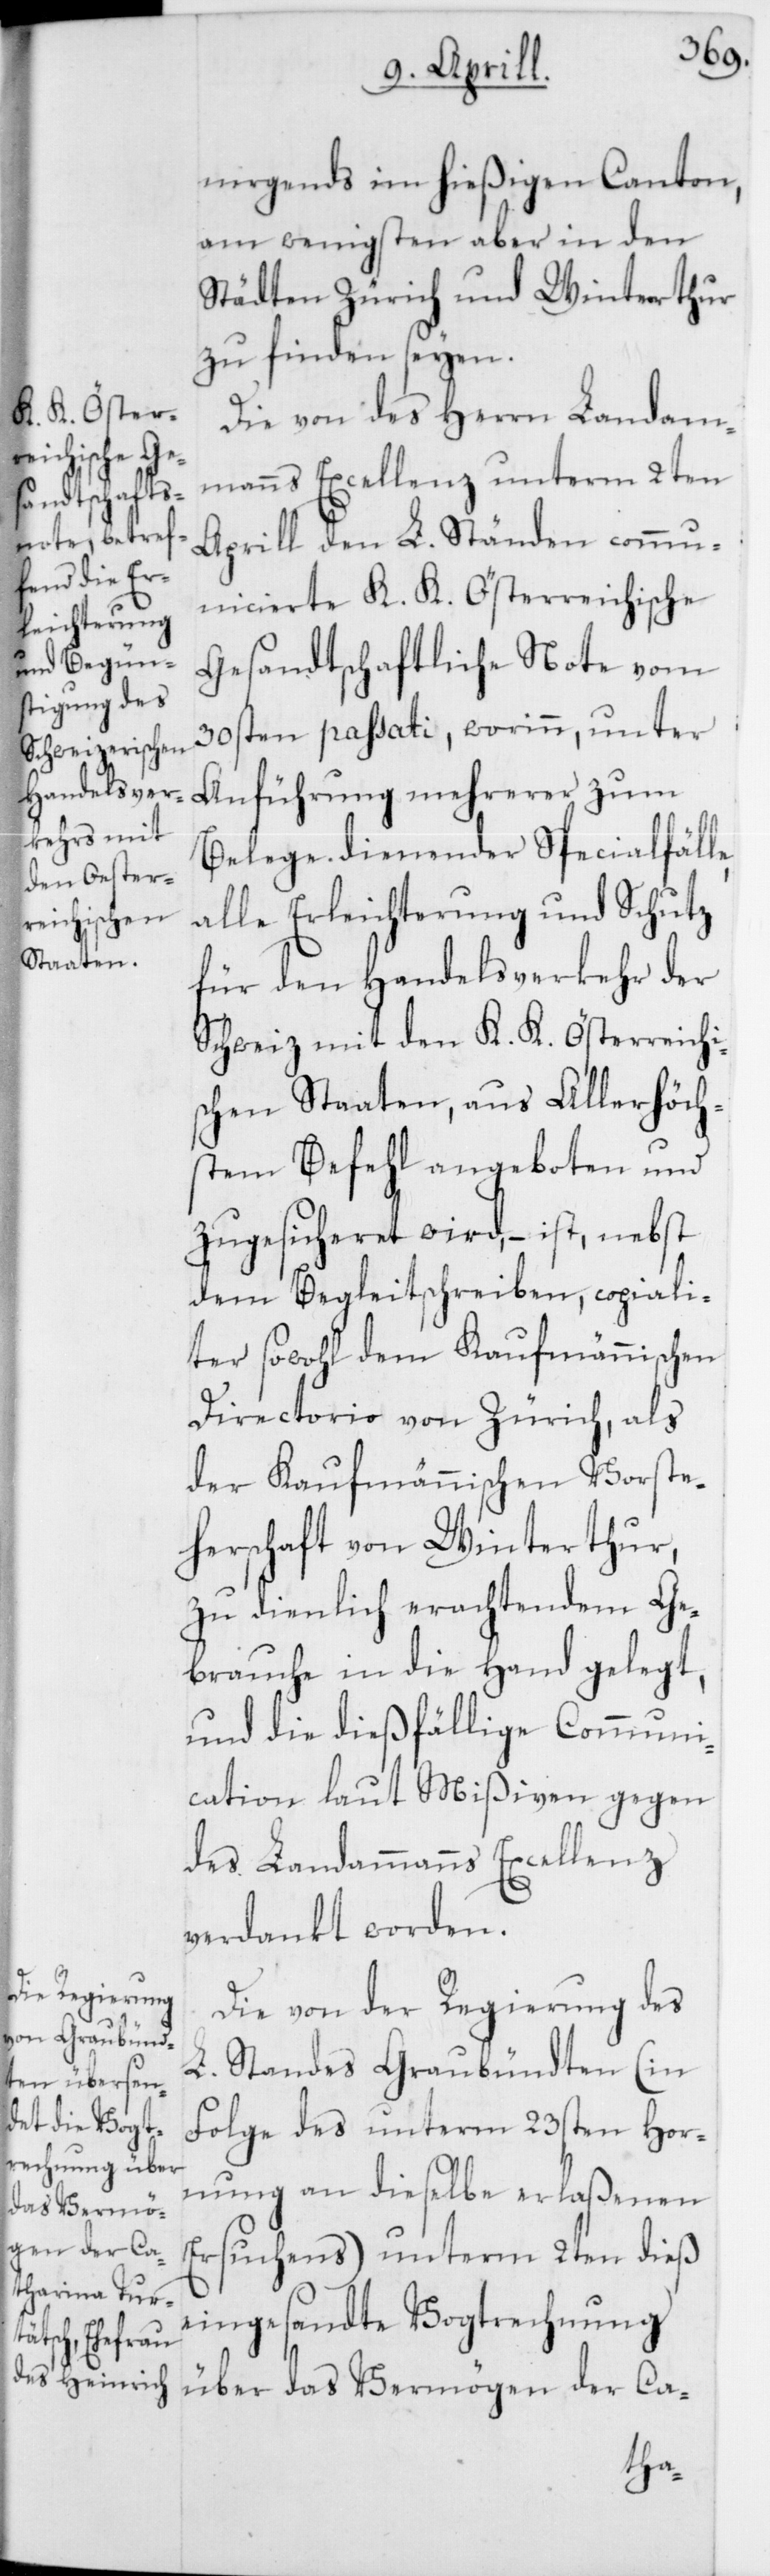
e,
nirgends im hießigen Canton,
am wenigsten aber in den
Städten Zürich und Winterthur
zu finden seyen.
Die von des Herrn Landam¬
manns Excellenz unterm 2ten
Aprill den L. Ständen commun¬
icierte K. K. Österreichische
Gesandtschaftliche Note vom
30sten passati, worinn, unter
Anführung mehrerer zum
Belege dienender Specialfäll¬
alle Erleichterung und Schutz
für den Handelsverkehr der
Schweiz mit den K. K. Österreichi¬
schen Staaten, aus Allerhöch¬
stem Befehl angeboten und
zugesicheret wird, – ist, nebst
dem Begleitschreiben, copiali¬
ter sowohl dem Kaufmännischen
Directorio von Zürich, als
der Kaufmännischen Vorste¬
herschaft von Winterthur,
zu dienlich erachtendem Ge¬
brauche in die Hand gelegt,
und die dießfällige Communi¬
cation laut Mißiven gegen
des Landammanns Excellenz
verdankt worden.
Die von der Regierung des
L. Standes Graubündten (in
Folge des unterm 23sten Hor¬
nung an dieselbe erlaßenen
Ersuchens) unterm 2ten dieß
eingesandte Vogtrechnung
über das Vermögen der Ca-